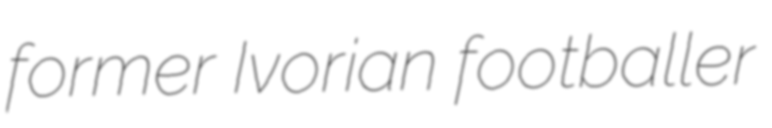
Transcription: former Ivorian footballer